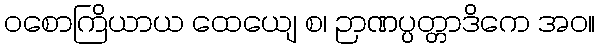
ဝစောကြိယာယ ထေယျေ စ၊ ဉာဏပ္ပတ္တာဒိကေ အဝ။